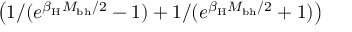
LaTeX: \left( 1 / ( e ^ { \beta _ { \mathrm { H } } M _ { \mathrm { b h } } / 2 } - 1 ) + 1 / ( e ^ { \beta _ { \mathrm { H } } M _ { \mathrm { b h } } / 2 } + 1 ) \right)